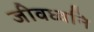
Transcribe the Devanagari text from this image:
जीवध्वनि